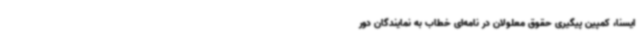
ایسنا، کمپین پیگیری حقوق معلولان در نامه‌ای خطاب به نمایندگان دور